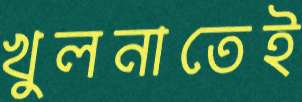
খুলনাতেই